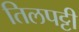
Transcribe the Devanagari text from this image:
तिलपट्टी